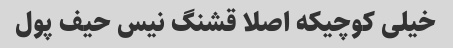
خیلی کوچیکه اصلا قشنگ نیس حیف پول